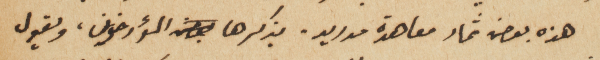
هذه بعض ثمار معاهدة مدريد. يذكرها المؤرخون، ويقول